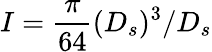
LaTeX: I=\frac{\pi}{64}(D_{s})^{3}/D_{s}